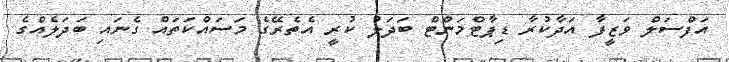
އަފްސަލް ވަޒީފާ އަދާކުރާ ޑިޕާޓްމަންޓް ބަދަލު ކުރީ އެތެރޭގެ މަސައްކަތައް ގެނައި ބަދަލެއްގެ